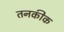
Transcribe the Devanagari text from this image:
तनकीक